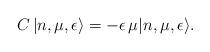
LaTeX: \begin{align*} C\,|n,\mu,\epsilon\rangle &= -\epsilon \,\mu |n,\mu,\epsilon\rangle.\end{align*}